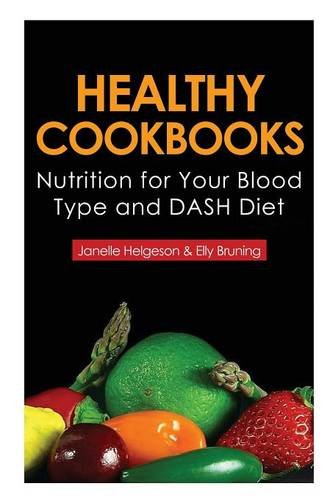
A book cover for Healthy Cookbooks: Nutrition for Your Blood Type and Dash Diet; Janelle Helgeson; Health, Fitness & Dieting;